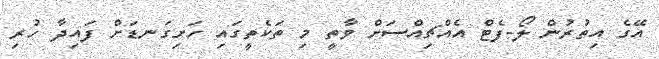
އޭގެ އިތުރުން ލޯ-ފެޓް އެއްޗިއްސަށް ވާތީ މި ތަކެތީގައި ހަށިގަނޑަށް ފައިދާ ހުރި